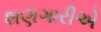
શણગારીએ